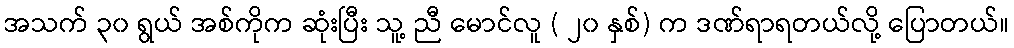
အသက် ၃၀ ရွယ် အစ်ကိုက ဆုံးပြီး သူ့ ညီ မောင်လူ ( ၂၀ နှစ်) က ဒဏ်ရာရတယ်လို့ ပြောတယ်။